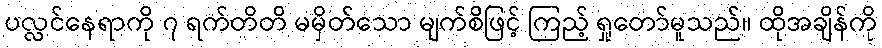
ပလ္လင်နေရာကို ၇ ရက်တိတိ မမှိတ်သော မျက်စိဖြင့် ကြည့် ရှုတော်မူသည်။ ထိုအချိန်ကို